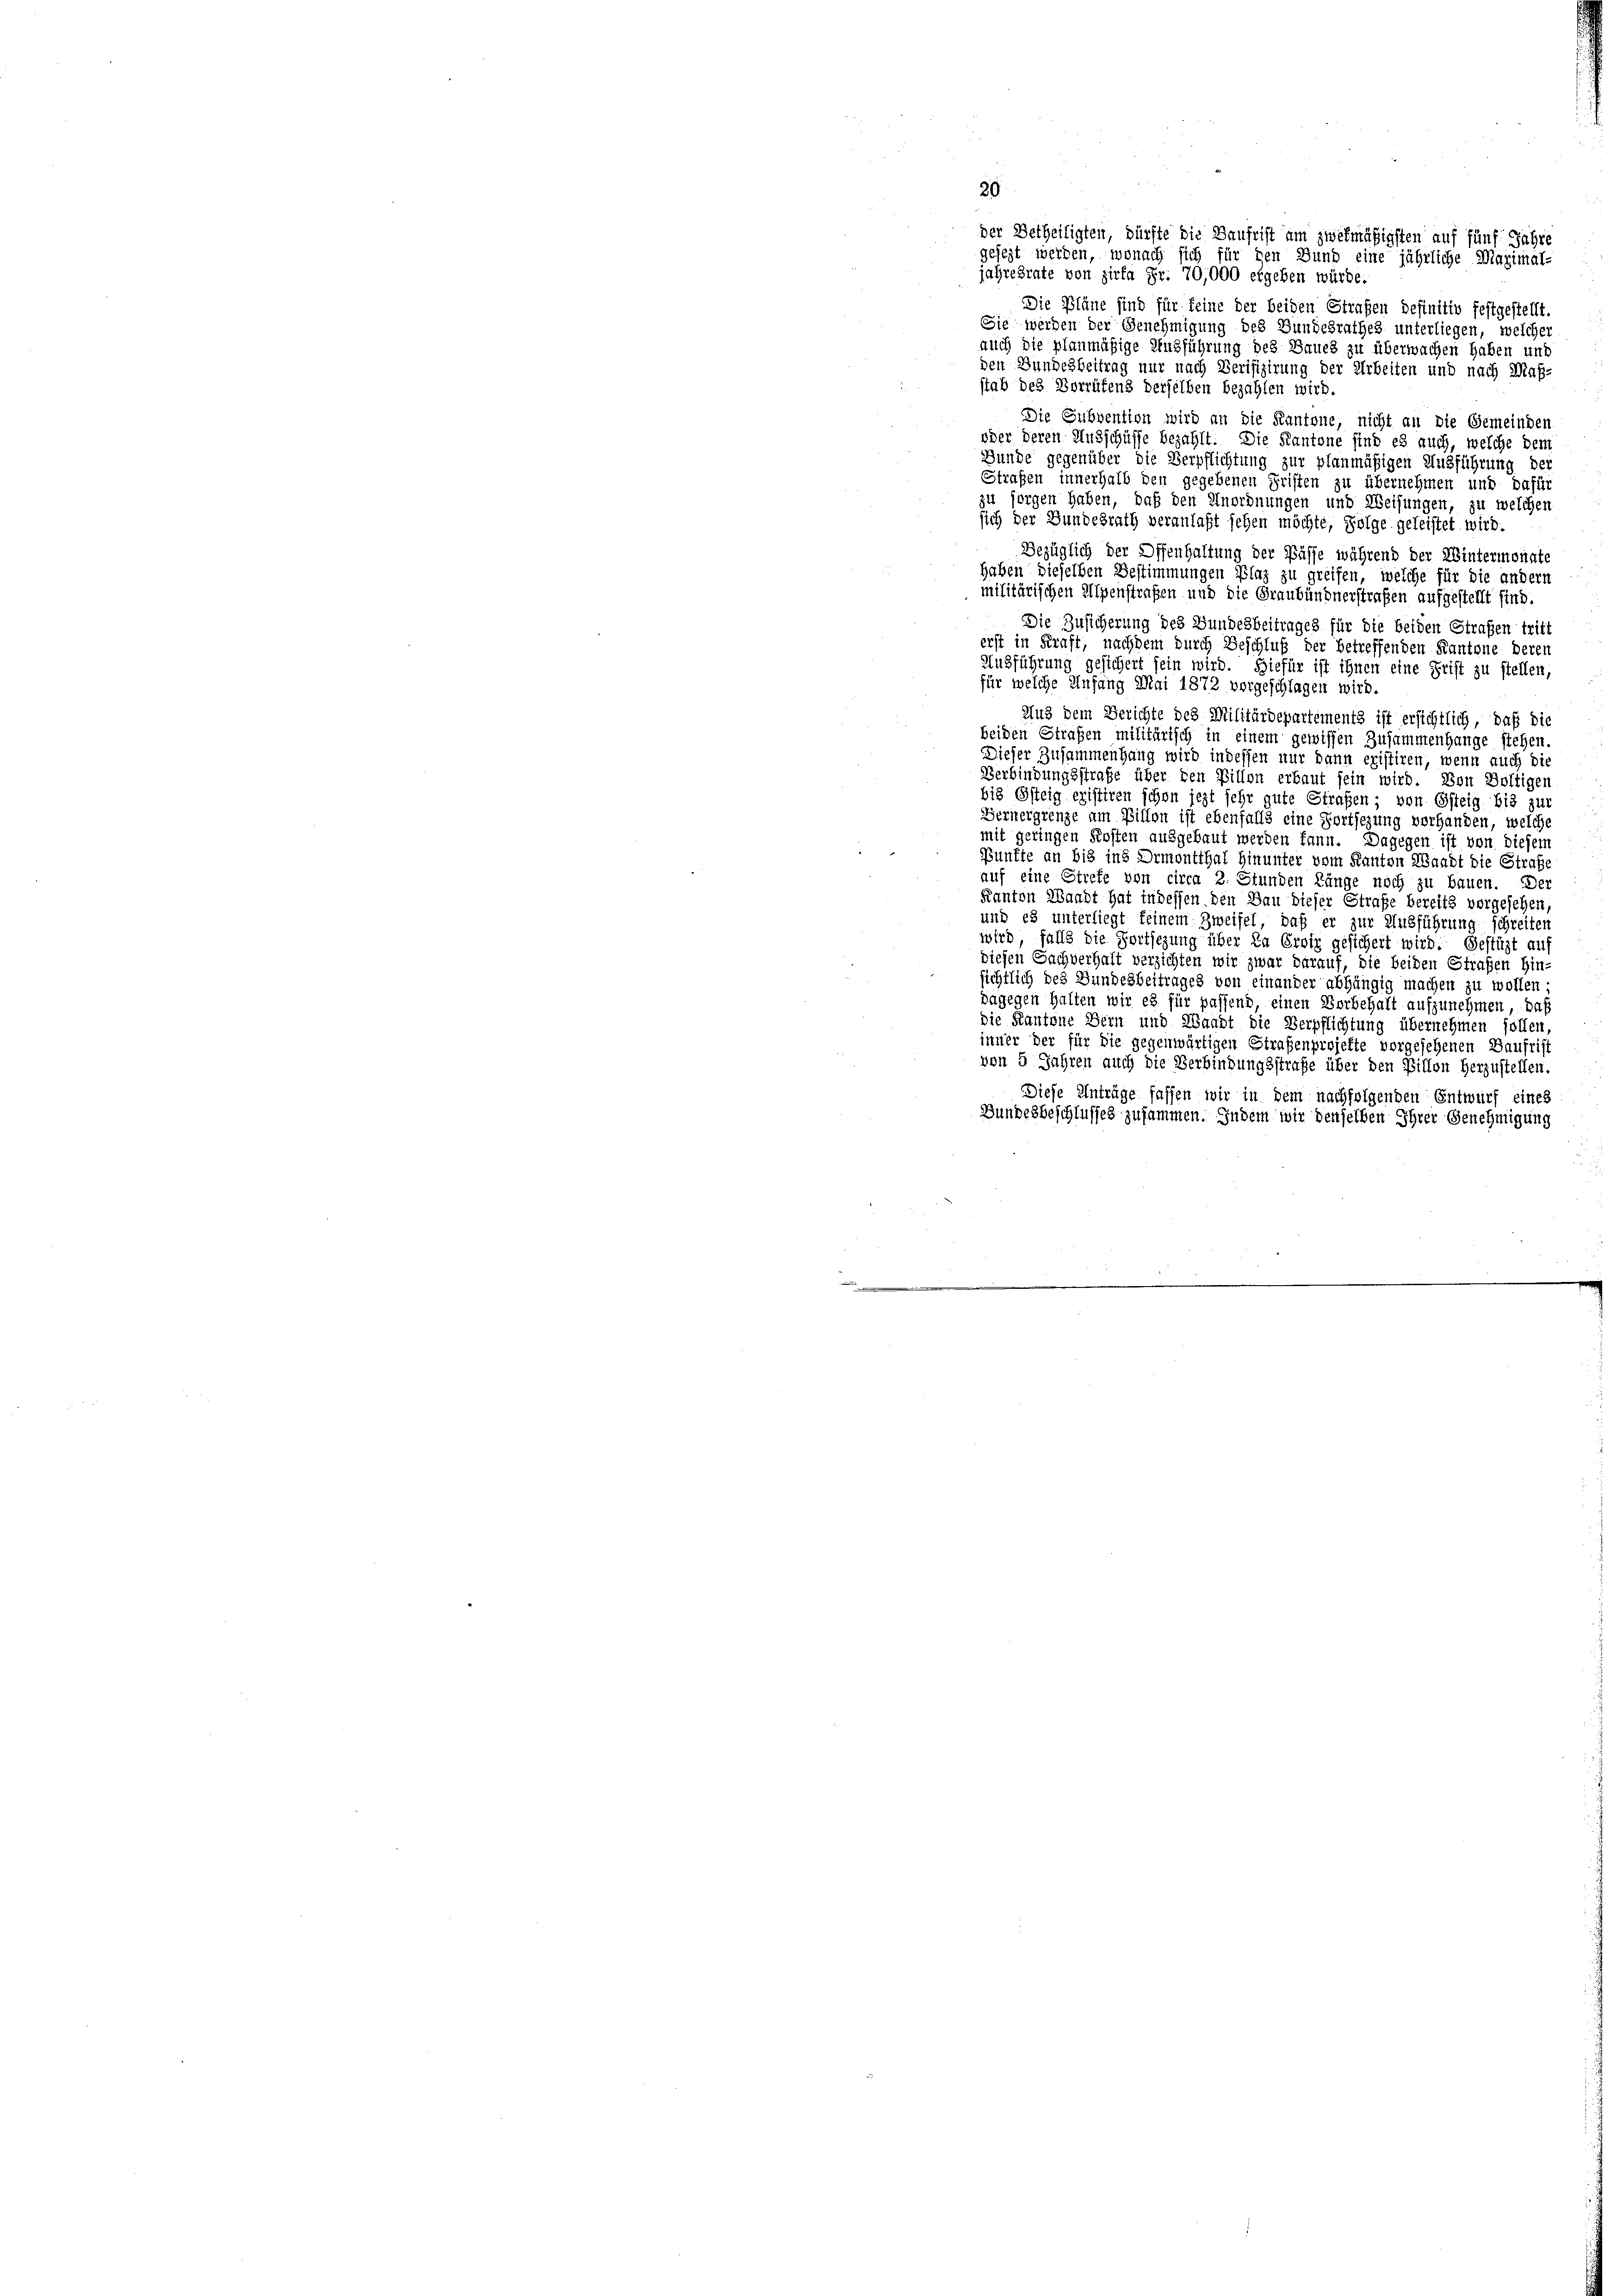
20
der Betheiligten, dürfte die Baufrist am zwekmäßigsten auf fünf Jahre
gesezt werden, wonach sich für den Bund eine jährliche Maximal-
jahresrate von zirka Fr. 70,000 ergeben würde.
Die Pläne sind für feine der beiden Strafen definitiv festgestellt
Sie werden der Genehmigung des Gundesrathes unterliegen, welcher
auch die planmäßige Ausführung des Baues zu überwachen haben und
den Bundesbeitrag nur nach Verifizirung der Arbeiten und nach Maß-
stab des Vorrüfend derselben bezahlen wird.
Die Subvention wird an die Kantone, nicht an die Gemeinden
oder deren Ausschüsse bezahlt. Die Kantone sind es auch, welche dem
Bunde gegenüber die Verpflichtung zur planmäßigen Ausführung der
Straßen innerhalb den gegebenen Griften zu übernehmen und dafür
zu sorgen haben, daß den Anordnungen und Weisungen, zu welchen
sich der Bundesrath veranlaßt sehen möchte, Folge geleistet wird.
Bezüglich der Offenhaltung der Pässe während der Wintermonat
haben dieselben Bestimmungen Plaz zu greifen, welche für die andern
militärischen Alpenstrafen und die Graubündnerstraßen aufgestellt sind.
Die Zusicherung des Bundesbeitrages für die beiden Strafen tritt
erst in Kraft, nachdem durch Beschluß der betreffenden Kantone deren
Ausführung gesichert sein wird. Hiefür ist ihnen eine Frist zu stellen,
für welche Anfang Mai 1872 vorgeschlagen wird.
Aus dem Berichte des Militärdepartements ist ersichtlich, daß die
beiden Strafen militärisch in einem gewissen Zusammenhange stehen.
Dieser Zusammenhang wird indessen nur dann existiren, wenn auch die
Verbindungsstrafe über den Pillon erbaut sein wird. Von Boltigen
613 Gsteig existiren schon jezt sehr gute Straßen; von Östeig bis zur
Gernergrenze am Billon ist ebenfalls eine Fortsezung vorhanden, welche
mit geringen Kosten ausgebaut werden kann. Dagegen ist von diesem
Bünfte an bis ins Ormontthal hinunter vom Kanton Waadt die Straße
auf eine Strefe von circa 2. Stunden Länge noch zu bauen. Der
Kanton Waadt hat indessen den Bau dieser Strafe bereits vorgesehen
und es unterliegt keinem Zweifel, daß er zur Ausführung schreiten
wird, falls die Fortsezung über in Erwig gesichert wird. Gestüzt auf
diesen Sachverhalt verzichten wir zwar darauf, die beiden Straßen Hin-
sichtlich des Bundesbeitrages von einander abhängig machen zu wollen;
dagegen Halten wir es für passend, einen Vorbehalt aufzunehmen, daß
die Kantone Bern und Waadt die Verpflichtung übernehmen sollen
inner der für die gegenwärtigen Strafenprojekte vorgesehenen Baufrist
von 5 Jahren auch die Verbindungsstrafe über den Billon herzustellen.
Diese Anträge fassen wir in dem nachfolgenden Entwurf eines
Bundesbeschlusses zusammen. Indem wir denselben Ihrer Genehmigung